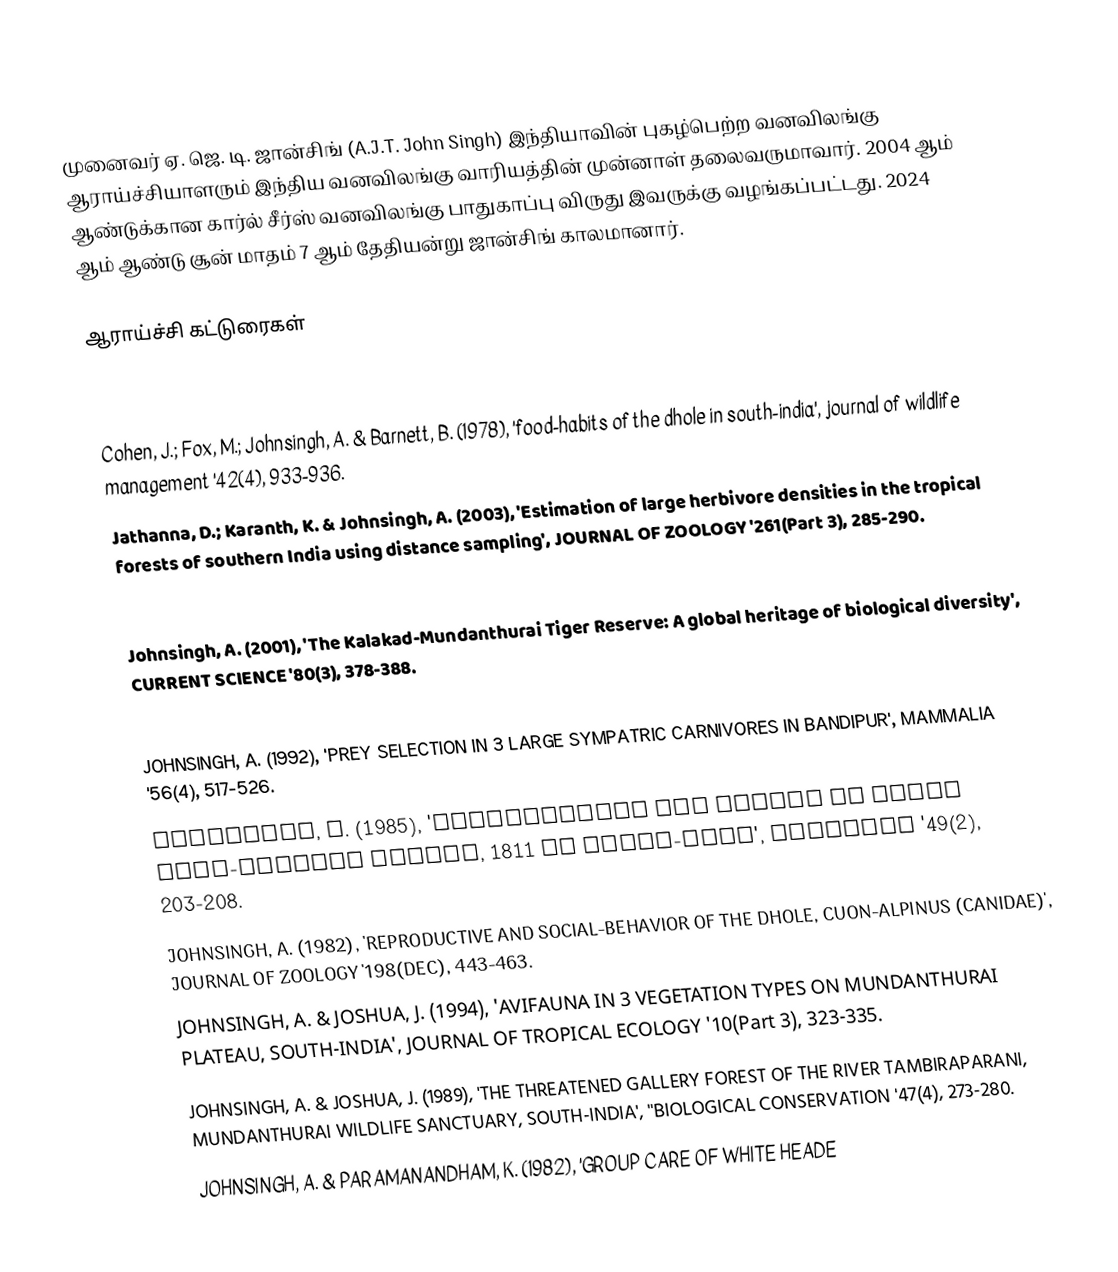
முனைவர் ஏ. ஜெ. டி. ஜான்சிங் (A.J.T. John Singh) இந்தியாவின் புகழ்பெற்ற வனவிலங்கு ஆராய்ச்சியாளரும் இந்திய வனவிலங்கு வாரியத்தின் முன்னாள் தலைவருமாவார். 2004 ஆம் ஆண்டுக்கான கார்ல் சீர்ஸ் வனவிலங்கு பாதுகாப்பு விருது இவருக்கு வழங்கப்பட்டது. 2024 ஆம் ஆண்டு சூன் மாதம் 7 ஆம் தேதியன்று ஜான்சிங் காலமானார்.

ஆராய்ச்சி கட்டுரைகள்

 Chellam, r. & johnsingh, A. (1993), Management Of Asiatic Lions In The Gir Forest, India, in N Dunstone & ML Gorman, ed.,'MAMMALS AS PREDATORS', pp. 409–424.
 Cohen, J.; Fox, M.; Johnsingh, A. & Barnett, B. (1978), 'food-habits of the dhole in south-india', journal of wildlife management '42(4), 933-936.
 Jathanna, D.; Karanth, K. & Johnsingh, A. (2003), 'Estimation of large herbivore densities in the tropical forests of southern India using distance sampling', JOURNAL OF ZOOLOGY '261(Part 3), 285-290.
 Johnsingh, A. (2006), 'Status and conservation of the tiger in Uttaranchal, northern India', AMBIO '35(3), 135-137.
 Johnsingh, A. (2001), 'The Kalakad-Mundanthurai Tiger Reserve: A global heritage of biological diversity', CURRENT SCIENCE '80(3), 378-388.
 Johnsingh, a. (1993), 'Prey Selection In 3 Large Sympatric Carnivores In Bandipur (vol 56, pg 517, 1992)', Mammalia '57(2), 305.
 JOHNSINGH, A. (1992), 'PREY SELECTION IN 3 LARGE SYMPATRIC CARNIVORES IN BANDIPUR', MAMMALIA '56(4), 517-526.
 JOHNSINGH, A. (1985), 'DISTRIBUTION AND STATUS OF DHOLE CUON-ALPINUS PALLAS, 1811 IN SOUTH-ASIA', MAMMALIA '49(2), 203-208.
 JOHNSINGH, A. (1982), 'REPRODUCTIVE AND SOCIAL-BEHAVIOR OF THE DHOLE, CUON-ALPINUS (CANIDAE)', JOURNAL OF ZOOLOGY '198(DEC), 443-463.
 JOHNSINGH, A. & JOSHUA, J. (1994), 'AVIFAUNA IN 3 VEGETATION TYPES ON MUNDANTHURAI PLATEAU, SOUTH-INDIA', JOURNAL OF TROPICAL ECOLOGY '10(Part 3), 323-335.
 JOHNSINGH, A. & JOSHUA, J. (1989), 'THE THREATENED GALLERY FOREST OF THE RIVER TAMBIRAPARANI, MUNDANTHURAI WILDLIFE SANCTUARY, SOUTH-INDIA', ''BIOLOGICAL CONSERVATION '47(4), 273-280.
 JOHNSINGH, A. & PARAMANANDHAM, K. (1982), 'GROUP CARE OF WHITE HEADE